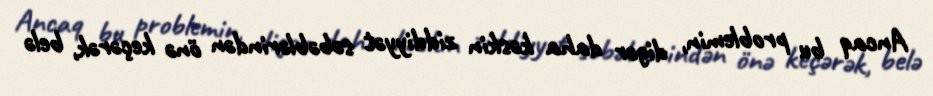
Ancaq bu problemin, digər daha kəskin ziddiyyət səbəblərindən önə keçərək, belə